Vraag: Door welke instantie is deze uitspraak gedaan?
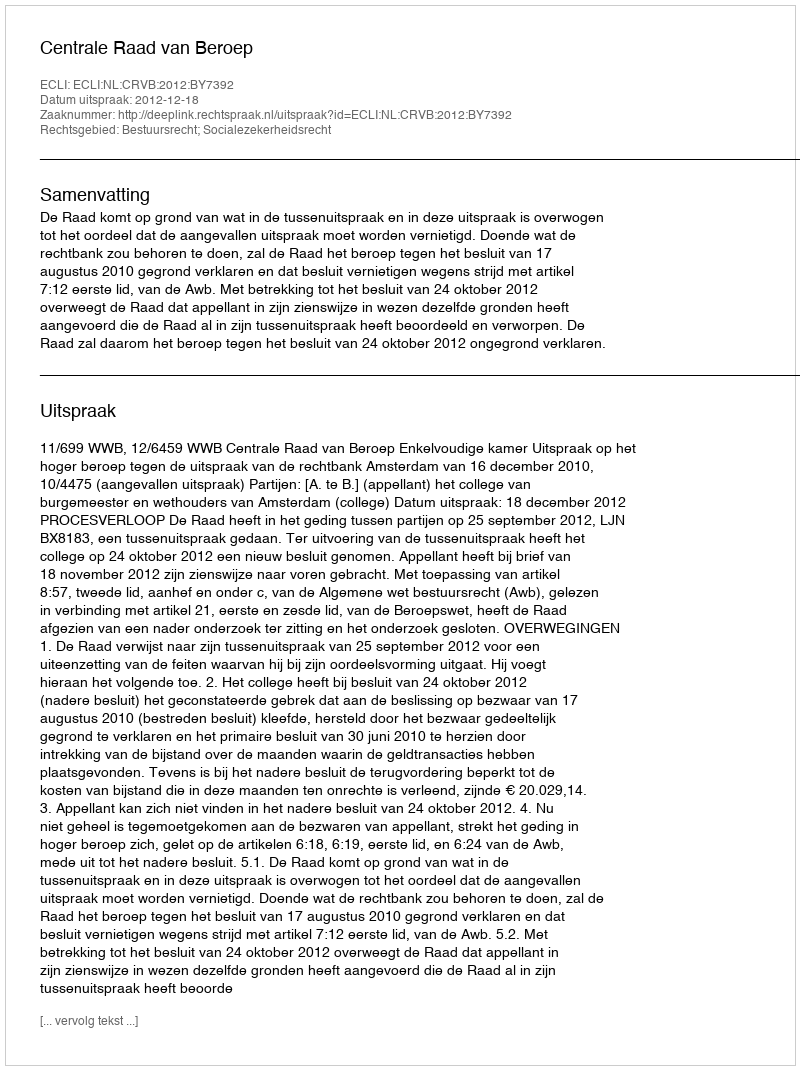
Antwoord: Centrale Raad van Beroep